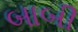
બાબી